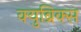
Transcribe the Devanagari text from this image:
क्युब्रिक्स